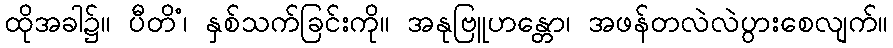
ထိုအခါ၌။ ပီတိံ၊ နှစ်သက်ခြင်းကို။ အနုဗြူဟန္တော၊ အဖန်တလဲလဲပွားစေလျက်။